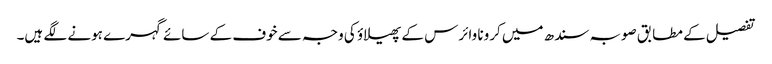
تفصیل کے مطابق صوبہ سندھ میں کرونا وائرس کے پھیلاؤ کی وجہ سے خوف کے سائے گہرے ہونے لگے ہیں۔